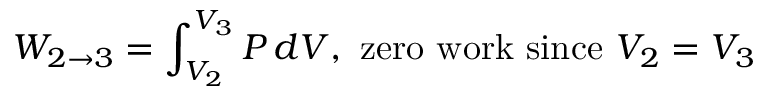
W _ { 2 \to 3 } = \int _ { V _ { 2 } } ^ { V _ { 3 } } P \, d V , \, \, { \mathrm { z e r o ~ w o r k ~ s i n c e ~ } } V _ { 2 } = V _ { 3 }